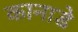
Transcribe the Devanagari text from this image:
कानाडे